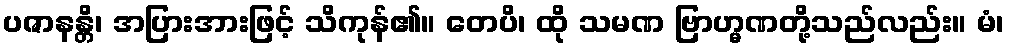
ပဇာနန္တိ၊ အပြားအားဖြင့် သိကုန်၏။ တေပိ၊ ထို သမဏ ဗြာဟ္မဏတို့သည်လည်း။ မံ၊